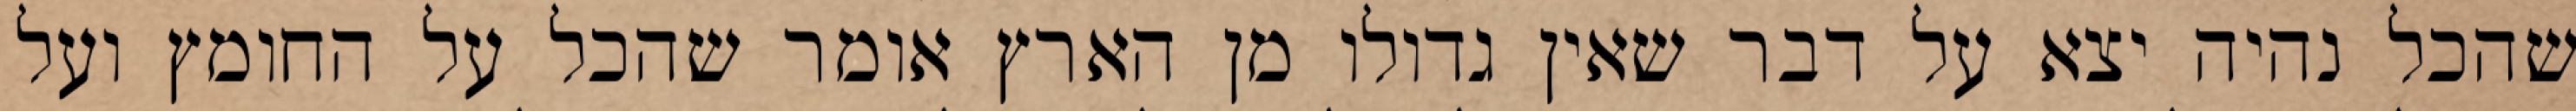
שהכל נהיה יצא על דבר שאין גדולו מן הארץ אומר שהכל על החומץ ועל